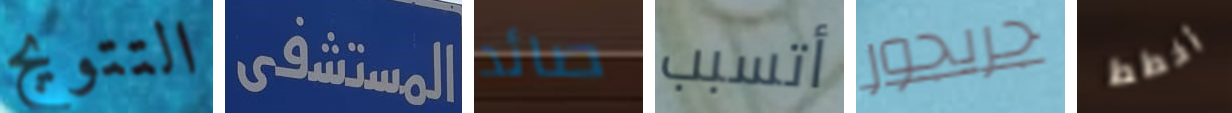
التتويج المستشفى صائد أتسبب جريجور أخطط